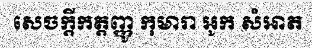
សេចក្តីកត្តញ្ញូ កុមារា អូក សំអាត